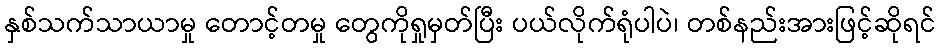
နှစ်သက်သာယာမှု တောင့်တမှု တွေကိုရှုမှတ်ပြီး ပယ်လိုက်ရုံပါပဲ၊ တစ်နည်းအားဖြင့်ဆိုရင်